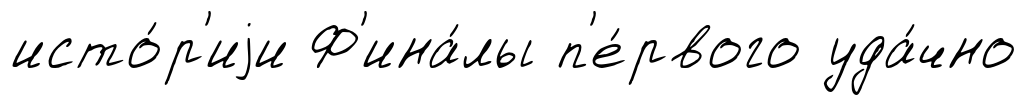
исто́р'иjи Ф'ина́лы п'е́рвого уда́чно